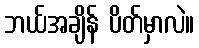
ဘယ်အချိန် ပိတ်မှာလဲ။